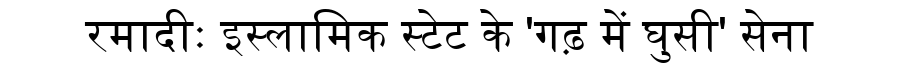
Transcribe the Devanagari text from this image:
रमादीः इस्लामिक स्टेट के 'गढ़ में घुसी' सेना